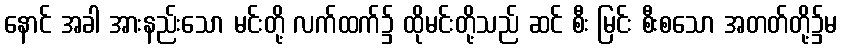
နောင် အခါ အားနည်းသော မင်းတို့ လက်ထက်၌ ထိုမင်းတို့သည် ဆင် စီး မြင်း စီးစသော အတတ်တို့၌မ